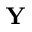
\mathbf { Y }